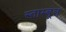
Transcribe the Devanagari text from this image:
स्ताम्बूल